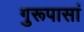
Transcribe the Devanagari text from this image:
गुरूपासां